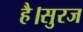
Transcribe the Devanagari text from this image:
है।सुरज